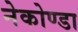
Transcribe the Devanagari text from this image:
नेकोण्डा